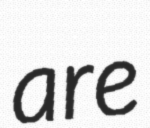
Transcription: are